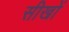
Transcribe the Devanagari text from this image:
सीखों